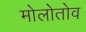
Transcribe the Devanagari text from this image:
मोलोतोव